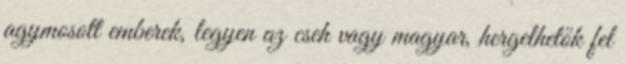
agymosott emberek, legyen az cseh vagy magyar, hergelhetők fel